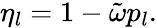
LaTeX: \eta_{l}=1-\tilde{\omega}p_{l}.